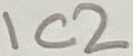
Text: IC2